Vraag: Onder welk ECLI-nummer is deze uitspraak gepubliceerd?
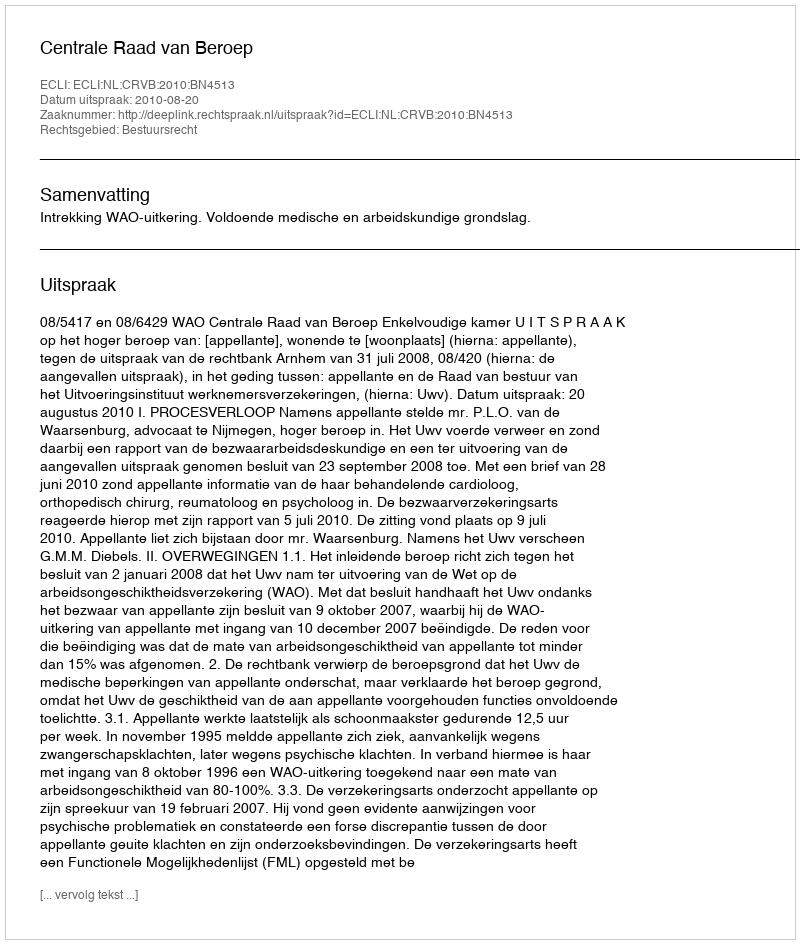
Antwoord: ECLI:NL:CRVB:2010:BN4513